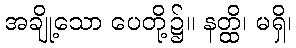
အချို့သော ပေတို့၌။ နတ္ထိ၊ မရှိ၊